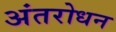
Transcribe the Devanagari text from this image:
अंतरोधन